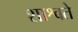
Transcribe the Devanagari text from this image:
शाश्वते